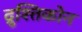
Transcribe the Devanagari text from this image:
द्रुश्तिकोन